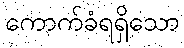
ကောက်ခံရရှိသော